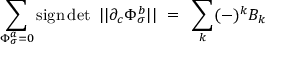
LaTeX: \sum _ { \Phi _ { \sigma } ^ { a } = 0 } \mathrm { s i g n } \operatorname * { d e t } \ | | \partial _ { c } \Phi _ { \sigma } ^ { b } | | ~ = ~ \sum _ { k } ( - ) ^ { k } B _ { k }